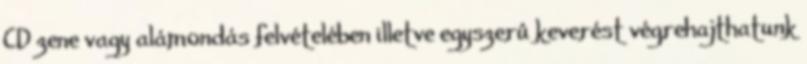
CD zene vagy alámondás felvételében illetve egyszerû keverést végrehajthatunk